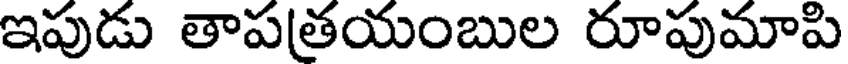
ఇపుడు తాపతయంబుల రూపుమాపి